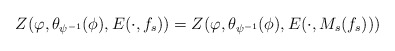
\begin{align*}Z(\varphi, \theta_{\psi^{-1}}(\phi), E(\cdot, f_s))=Z(\varphi,\theta_{\psi^{-1}}(\phi), E(\cdot, M_s(f_s)))\end{align*}